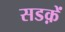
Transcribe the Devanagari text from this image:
सडक़ें